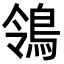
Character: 鴒